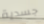
جسدية